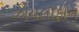
ઝાયલોફોન